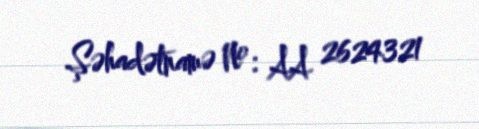
Şəhadətnamə №: AA 2624321